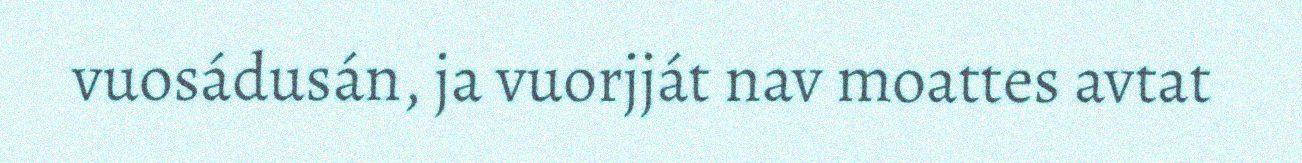
vuosádusán, ja vuorjját nav moattes avtat